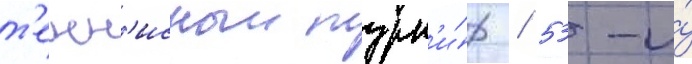
т'енн'исныи турн'и́р / 53-и́